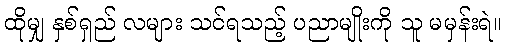
ထိုမျှ နှစ်ရှည် လများ သင်ရသည့် ပညာမျိုးကို သူ မမှန်းရဲ။